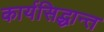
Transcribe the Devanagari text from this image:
कार्यसिद्धान्त